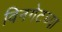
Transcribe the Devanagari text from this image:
विनगेटच्या